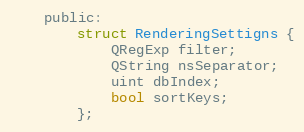
Language: C
    public:
        struct RenderingSettigns {
            QRegExp filter;
            QString nsSeparator;
            uint dbIndex;
            bool sortKeys;
        };